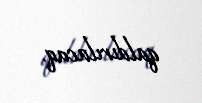
qaldırılacaq.